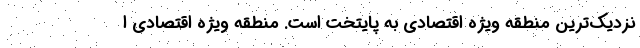
نزدیک‌ترین منطقه ویژه اقتصادی به پایتخت است. منطقه ویژه اقتصادی ا